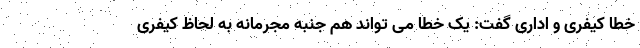
خطا کیفری و اداری گفت: یک خطا می تواند هم جنبه مجرمانه به لحاظ کیفری